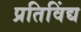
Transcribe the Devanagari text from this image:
प्रतिविंद्य